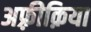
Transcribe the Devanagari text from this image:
अफ़्रीक़िया